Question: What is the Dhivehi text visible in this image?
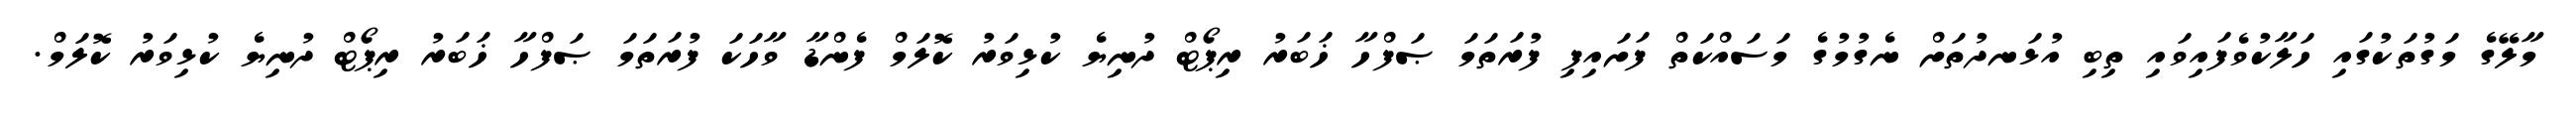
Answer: މާލޭގެ މަގުތަކުގައި ހަލާކުވެފައިވައި ތިބި އުޅަނދުތަށް ނެގުމުގެ މަސައްކަތް ފަށައިފި ފުރަތަމަ ޞަފްހާ ޚަބަރު ރިޕޯޓް ދުނިޔެ ކުޅިވަރު ކޮލަމް ފެންޑާ ވާހަކަ ފުރަތަމަ ޞަފްހާ ޚަބަރު ރިޕޯޓް ދުނިޔެ ކުޅިވަރު ކޮލަމް.